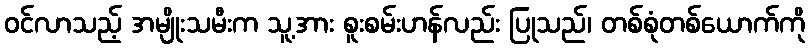
ဝင်လာသည့် အမျိုးသမီးက သူ့အား စူးစမ်းဟန်လည်း ပြုသည်၊ တစ်စုံတစ်ယောက်ကို